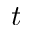
t